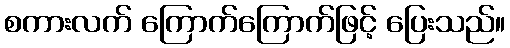
စကားလက် ကြောက်ကြောက်ဖြင့် ပြေးသည်။